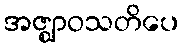
အဇ္ဈာဝသတိပေ